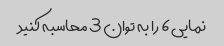
نمایی 6 را به توان 3 محاسبه کنید